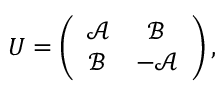
\begin{array} { r } { U = \left( \begin{array} { c c } { \mathcal { A } } & { \mathcal { B } } \\ { \mathcal { B } } & { - \mathcal { A } } \end{array} \right) , } \end{array}